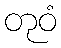
တုဝံ